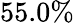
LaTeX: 55.0\%